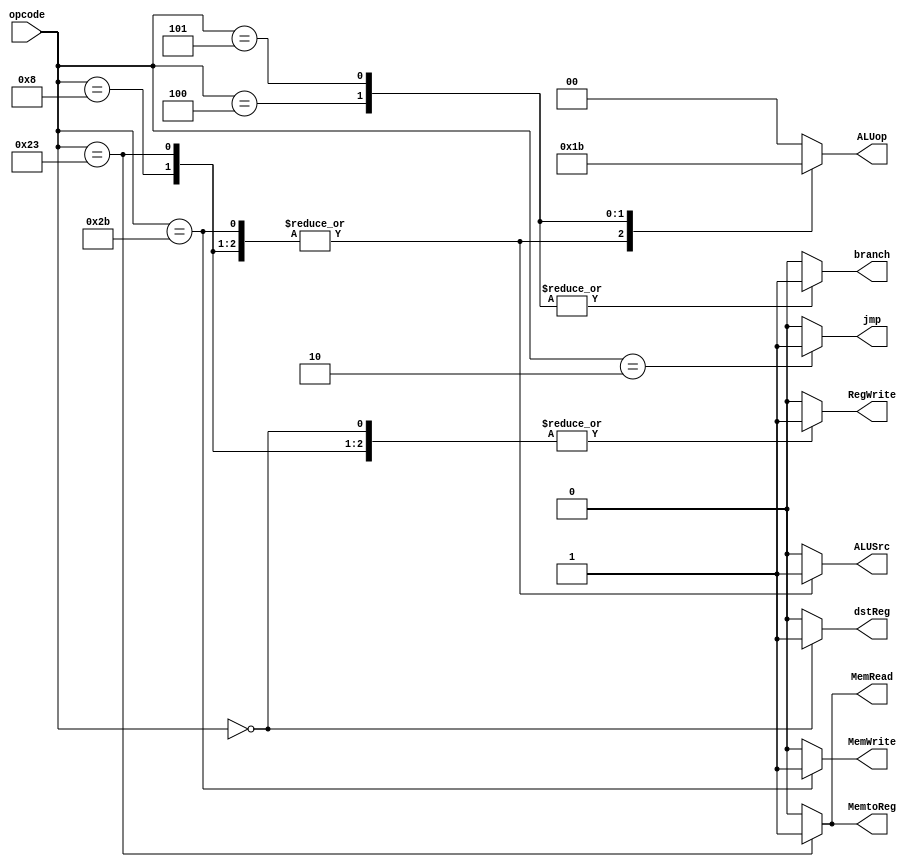
module control(
    opcode,
    dstReg,
    jmp,
    branch,
    MemRead,
    MemtoReg,
    ALUop,
    MemWrite,
    ALUSrc,
    RegWrite
);
// opcodes :
/* R-TYPE : opcode 000000*/
parameter ADD = 6'b000000;
parameter ADDU = 6'b000000;
parameter SUB = 6'b000000;
parameter SUBU = 6'b000000;
parameter AND = 6'b000000;
parameter OR = 6'b000000;
parameter SLL = 6'b000000;
parameter SRL = 6'b000000;
parameter SLT = 6'b000000;

parameter ADDI = 6'b001000;
parameter LW = 6'b100011;
parameter SW = 6'b101011;
parameter BEQ = 6'b000100;
parameter BNE = 6'b000101;
parameter J = 6'b000010;

    input wire [5:0] opcode;
    output reg [1:0] ALUop;
    output reg dstReg; // 0 rt, 1 rd 
    output reg jmp;
    output reg branch;
    output reg MemRead;
    output reg MemWrite;
    output reg MemtoReg;
    output reg ALUSrc;
    output reg RegWrite;
    
/* ALUOP: 2 bits: 
00 RTYPE
01 SW LW addi
10 BEQ
11 BNE
*/
    always @ (opcode)
    begin
        case(opcode)
            ADD:
            begin
                ALUSrc = 0;
                ALUop = 2'b00;
                jmp = 0;
                dstReg = 1; //rd 
                branch = 0;
                MemRead = 0;
                MemtoReg = 0;
                MemWrite = 0;
                RegWrite = 1;
            end
            ADDI:
            begin
                ALUSrc = 1;
                ALUop = 2'b01;
                jmp = 0;
                dstReg = 0; //rt 
                branch = 0;
                MemRead = 0;
                MemtoReg = 0;
                MemWrite = 0;
                RegWrite = 1;
            end
            ADDU:
            begin
                ALUSrc = 0;
                ALUop = 2'b00;
                jmp = 0;
                dstReg = 1; //rd 
                branch = 0;
                MemRead = 0;
                MemtoReg = 0;
                MemWrite = 0;
                RegWrite = 1;
            end
            SUB:
            begin
                ALUSrc = 0;
                ALUop = 2'b00;
                jmp = 0;
                dstReg = 1; //rd                 
                branch = 0;
                MemRead = 0;
                MemtoReg = 0;
                MemWrite = 0;
                RegWrite = 1;
            end
            SUBU:
            begin
                ALUSrc = 0;
                ALUop = 2'b00;
                jmp = 0;
                dstReg = 1; //rd                 
                branch = 0;
                MemRead = 0;
                MemtoReg = 0;
                MemWrite = 0;
                RegWrite = 1;
            end
            AND:
            begin
                ALUSrc = 0;
                ALUop = 2'b00;
                jmp = 0;
                branch = 0;
                dstReg = 1; //rd 
                MemRead = 0;
                MemtoReg = 0;
                MemWrite = 0;
                RegWrite = 1;
            end
            OR:
            begin
                ALUSrc = 0;
                ALUop = 2'b00;
                jmp = 0;
                dstReg = 1; //rd 
                branch = 0;
                MemRead = 0;
                MemtoReg = 0;
                MemWrite = 0;
                RegWrite = 1;
            end
            SLL:
            begin
                ALUSrc = 0;
                ALUop = 2'b00;
                jmp = 0;
                branch = 0;
                MemRead = 0;
                dstReg = 1; //rd 
                MemtoReg = 0;
                MemWrite = 0;
                RegWrite = 1;
            end
            SRL:
            begin
                ALUSrc = 0;
                ALUop = 2'b00;
                jmp = 0;
                branch = 0;
                MemRead = 0;
                MemtoReg = 0;
                dstReg = 1; //rd 
                MemWrite = 0;
                RegWrite = 1;
            end            
            LW:
            begin
                ALUSrc = 1;
                ALUop = 2'b01;
                jmp = 0;
                branch = 0;
                MemRead = 1;
                dstReg = 0; //rt 
                MemtoReg = 1;
                MemWrite = 0;
                RegWrite = 1;
            end            
            SW:
            begin
                ALUSrc = 1;
                ALUop = 2'b01;
                dstReg = 0; //don't care  
                jmp = 0;
                branch = 0;
                MemRead = 0;
                MemtoReg = 0;
                MemWrite = 1;
                RegWrite = 0;
            end            
            BEQ:
            begin
                ALUSrc = 0;
                ALUop = 2'b10;
                jmp = 0;
                dstReg = 0; //don't care 
                branch = 1;
                MemRead = 0;
                MemtoReg = 0;
                MemWrite = 0;
                RegWrite = 0;
            end            
            BNE:
            begin
                ALUSrc = 0;
                ALUop = 2'b11;
                jmp = 0;
                branch = 1;
                MemRead = 0;
                MemtoReg = 0;
                MemWrite = 0;
                dstReg = 0; //don't care  
                RegWrite = 0;
            end            
            J:
            begin
                ALUSrc = 0;
                ALUop = 2'b00;
                jmp = 1;
                branch = 0;
                MemRead = 0;
                MemtoReg = 0;
                dstReg = 0; //don't care  
                MemWrite = 0;
                RegWrite = 0;
            end            
            default:
                begin
                ALUSrc = 0;
                ALUop = 2'b00;
                jmp = 0;
                branch = 0;
                MemRead = 0;
                MemtoReg = 0;
                MemWrite = 0;
                dstReg = 0; //don't care  
                RegWrite = 0;
            end            
        endcase
    end
    /*
    assign R_TYPE = (opcode == 0) ? 1 : 0;
    assign lw = (opcode == LW) ? 1 : 0;
    assign sw = (opcode == SW) ? 1 : 0;
    assign beq = (opcode == BEQ) ? 1 : 0;
    assign bne = (opcode == BNE) ? 1 : 0;
    assign addi = (opcode == ADDI) ? 1 : 0;

    /*
    destination register 0 means TYPE I dst : (rt:0) , ALUSrc: 0 means data in (rt:0)
    destination register 0 means TYPE R dst : (rd:1)
    ALUSrc: 1 means immediate data (im:1)
    */
    /*
    assign dstReg = R_TYPE;
    assign ALUop[1] = R_TYPE;
    assign ALUop[0] = beq | bne;
    assign ALUSrc = lw | sw | addi;
    assign branch = beq | bne;
//    assign ifflush = beq | bne;
    assign MemRead = lw;
    assign MemWrite = sw;
    assign MemtoReg = lw;
    assign RegWrite = R_TYPE | lw | addi;

//    assign branchne = bne;

/*
parameter RT 0 // destination register 0 means TYPE I dst : rt, ALUSrc: 0 means data in rt
parameter RD 1 // destination register 0 means TYPE R dst : rd
parameter im 1 // ALUSrc: 1 means immediate data 

    always @(opcode)
        begin
            case(opcode):
            ADD:
            begin
                dstReg = RD;
                ALUSrc = RT;
                ALUop = ADD_alu;
                jmp = 0;
                branch = 0;
                MemRead = 0;
                MemtoReg = 0;
                MemWrite = 0;
                RegWrite = 1;
            end
            ADDI:
            begin
                dstReg = RD;
                ALUSrc = im;
                ALUop = ADD_alu;
                jmp = 0;
                branch = 0;
                MemRead = 0;
                MemtoReg = 0;
                MemWrite = 0;
                RegWrite = 1;
            end
            ADDU:
            begin
                dstReg = RD;
                ALUSrc = RT;
                ALUop = ADD_alu;
                jmp = 0;
                branch = 0;
                MemRead = 0;
                MemtoReg = 0;
                MemWrite = 0;
                RegWrite = 1;
            end
            SUB:
            begin
                dstReg = RD;
                ALUSrc = RT;
                ALUop = SUB_alu;
                jmp = 0;
                branch = 0;
                MemRead = 0;
                MemtoReg = 0;
                MemWrite = 0;
                RegWrite = 1;
            end
            SUBU:
            begin
                dstReg = RD;
                ALUSrc = RT;
                ALUop = SUB_alu;
                jmp = 0;
                branch = 0;
                MemRead = 0;
                MemtoReg = 0;
                MemWrite = 0;
                RegWrite = 1;
            end
            AND:
            begin
                dstReg = RD;
                ALUSrc = RT;
                ALUop = AND_alu;
                jmp = 0;
                branch = 0;
                MemRead = 0;
                MemtoReg = 0;
                MemWrite = 0;
                RegWrite = 1;
            end
            OR:
            begin
                dstReg = RD;
                ALUSrc = RT;
                ALUop = OR_alu;
                jmp = 0;
                branch = 0;
                MemRead = 0;
                MemtoReg = 0;
                MemWrite = 0;
                RegWrite = 1;
            end
            SLL:
            begin
                dstReg = RD;
                ALUSrc = RT;
                ALUop = SLL_alu;
                jmp = 0;
                branch = 0;
                MemRead = 0;
                MemtoReg = 0;
                MemWrite = 0;
                RegWrite = 1;
            end
            SRL:
            begin
                dstReg = RD;
                ALUSrc = RT;
                ALUop = SRL_alu;
                jmp = 0;
                branch = 0;
                MemRead = 0;
                MemtoReg = 0;
                MemWrite = 0;
                RegWrite = 1;
            end
            SLT:
            begin
                dstReg = RD;
                ALUSrc = RT;
                ALUop = SLT_alu;
                jmp = 0;
                branch = 0;
                MemRead = 0;
                MemtoReg = 0;
                MemWrite = 0;
                RegWrite = 1;
            end            
            LW:
            begin
                dstReg = RD;
                ALUSrc = RT;
                ALUop = LW_alu;
                jmp = 0;
                branch = 0;
                MemRead = 1;
                MemtoReg = 1;
                MemWrite = 0;
                RegWrite = 1;
            end            
            SW:
            begin
                dstReg = RD;
                ALUSrc = RT;
                ALUop = SW_alu;
                jmp = 0;
                branch = 0;
                MemRead = 0;
                MemtoReg = 0;
                MemWrite = 1;
                RegWrite = 0;
            end            
            BEQ:            
            begin
                dstReg = RD;
                ALUSrc = RT;
                ALUop = BEQ_alu;
                jmp = 0;
                branch = 1;
                MemRead = 0;
                MemtoReg = 0;
                MemWrite = 0;
                RegWrite = 0;
            end            

            BNE:
            begin
                dstReg = RD;
                ALUSrc = RT;
                ALUop = BNE_alu;
                jmp = 0;
                branch = 1;
                MemRead = 0;
                MemtoReg = 0;
                MemWrite = 0;
                RegWrite = 0;
            end            
            J:
            begin
                dstReg = 0;
                ALUSrc = 0;
                ALUop = jmp_alu;
                jmp = 1;
                branch = 0;
                MemRead = 0;
                MemtoReg = 0;
                MemWrite = 0;
                RegWrite = 0;
            end            
            default:;
        end
    end
*/
endmodule